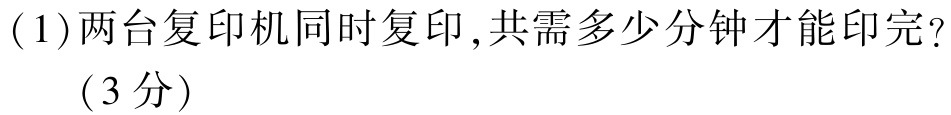
(1)两台复印机同时复印,共需多少分钟才能印完?

（3分）